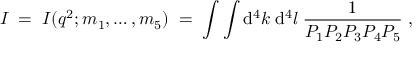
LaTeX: I \; = \; I ( q ^ { 2 } ; m _ { 1 } , \ldots , m _ { 5 } ) \; = \; \int \int \mathrm { d } ^ { 4 } k \; \mathrm { d } ^ { 4 } l \; \frac { 1 } { P _ { 1 } P _ { 2 } P _ { 3 } P _ { 4 } P _ { 5 } } \; ,